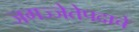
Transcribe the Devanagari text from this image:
जगज्जेतेपदाचे